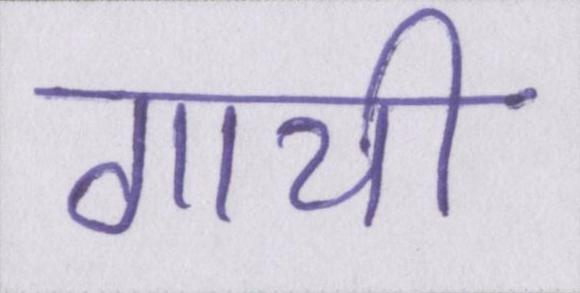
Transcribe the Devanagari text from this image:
गायी